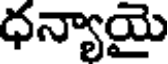
ధన్యాయై